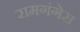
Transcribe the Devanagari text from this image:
रामगंगेरा